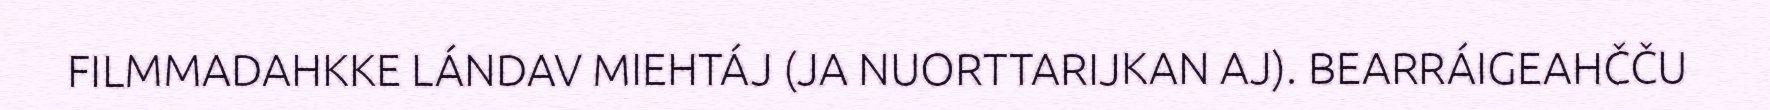
FILMMADAHKKE LÁNDAV MIEHTÁJ (JA NUORTTARIJKAN AJ). BEARRÁIGEAHČČU